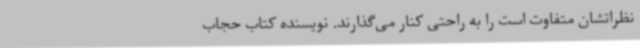
نظراتشان متفاوت است را به راحتی کنار می‌گذارند. نویسنده کتاب حجاب